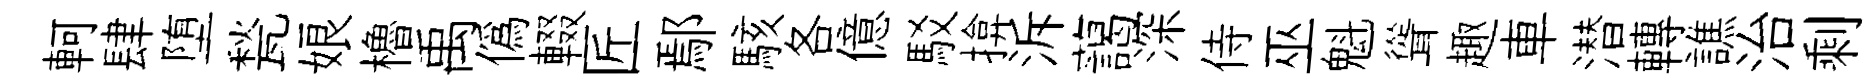
軻肆堕甃娘櫓禹僞輟匠鄢駭各億駁揜泝藹深侍巫魁聳趣車潜轉譙治剩